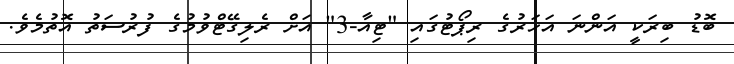
ބޮޑު ބިރަކީ އަންނަ އަހަރުގެ ރިޕޯޓުގައި "ޓިއާ-3" އަށް ރެލިގޭޓްވުމުގެ ފުރުސަތު އޮތުމެވެ.